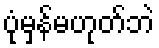
ပုံမှန်မဟုတ်ဘဲ